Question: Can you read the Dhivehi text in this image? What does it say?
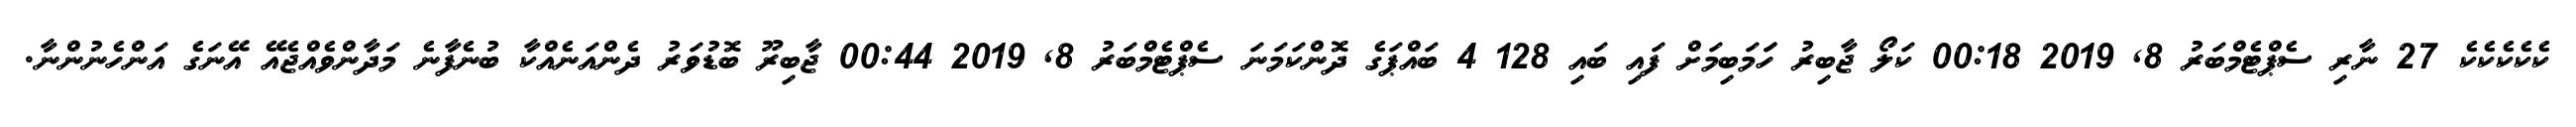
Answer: ކެކެކެކެކެ 27 ނާރި ސެޕްޓެމްބަރު 8, 2019 00:18 ކަލޯ ޖާބިރު ހަަމަބިމަށް ފައި ބައި 128 4 ބައްޕަގެ ދޮންކަމަނަ ސެޕްޓެމްބަރު 8, 2019 00:44 ޖާބިރޫ ބޮޑުވަރު ދެންއަނެއްކާ ބުނެފާނެ މަދާންވެއްޖެއޭ އޭނަގެ އަންހެނުންނާ.